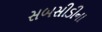
સબસીડીના